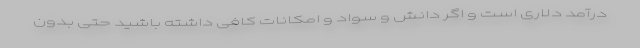
درآمد دلاری است و اگر دانش و سواد و امکانات کافی داشته باشید حتی بدون